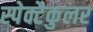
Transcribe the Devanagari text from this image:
स्पेक्टैकुलर